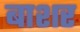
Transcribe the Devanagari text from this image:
बाशर